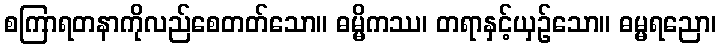
စကြာရတနာကိုလည်စေတတ်သော။ ဓမ္မိကဿ၊ တရာနှင့်ယှဉ်သော။ ဓမ္မရညော၊